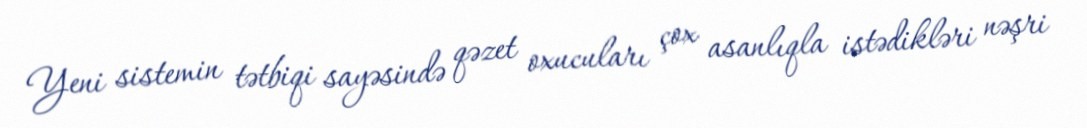
Yeni sistemin tətbiqi sayəsində qəzet oxucuları çox asanlıqla istədikləri nəşri